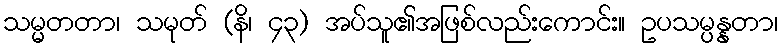
သမ္မတတာ၊ သမုတ် (နိ၊ ၄၃) အပ်သူ၏အဖြစ်လည်းကောင်း။ ဥပသမ္ပန္နတာ၊